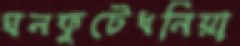
ঘনফুটেধনিয়া